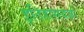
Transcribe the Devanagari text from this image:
इतिहासयज्ञों